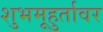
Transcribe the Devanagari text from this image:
शुभमूहुर्तावर